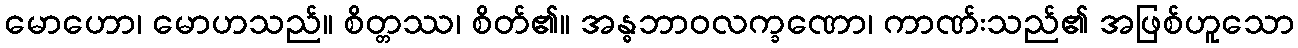
မောဟော၊ မောဟသည်။ စိတ္တဿ၊ စိတ်၏။ အန္ဓဘာဝလက္ခဏော၊ ကာဏ်းသည်၏ အဖြစ်ဟူသော